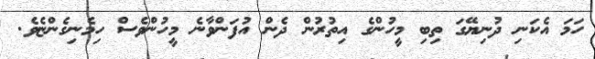
ހަމަ އެކަނި ދުނިޔޭގަ ތިބި މީހުންގެ އިތުރުން ދެން އުފަންވާނެ މީހުންވެސް ހިމެނިގެންޏެވެ.